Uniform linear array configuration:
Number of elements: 64
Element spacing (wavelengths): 0.5
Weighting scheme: kaiser
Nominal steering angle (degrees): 15
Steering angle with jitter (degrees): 13.097
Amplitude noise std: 0.05
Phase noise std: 0.05

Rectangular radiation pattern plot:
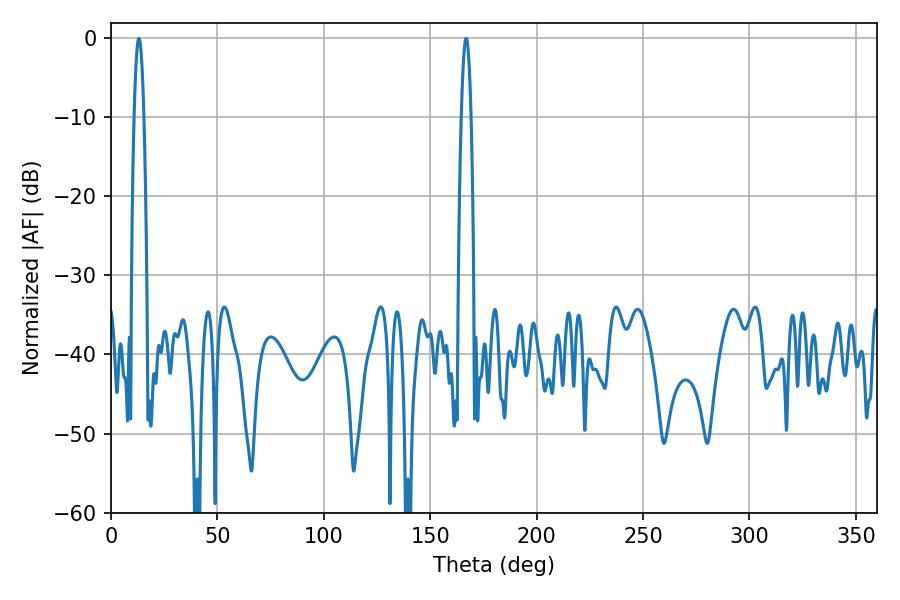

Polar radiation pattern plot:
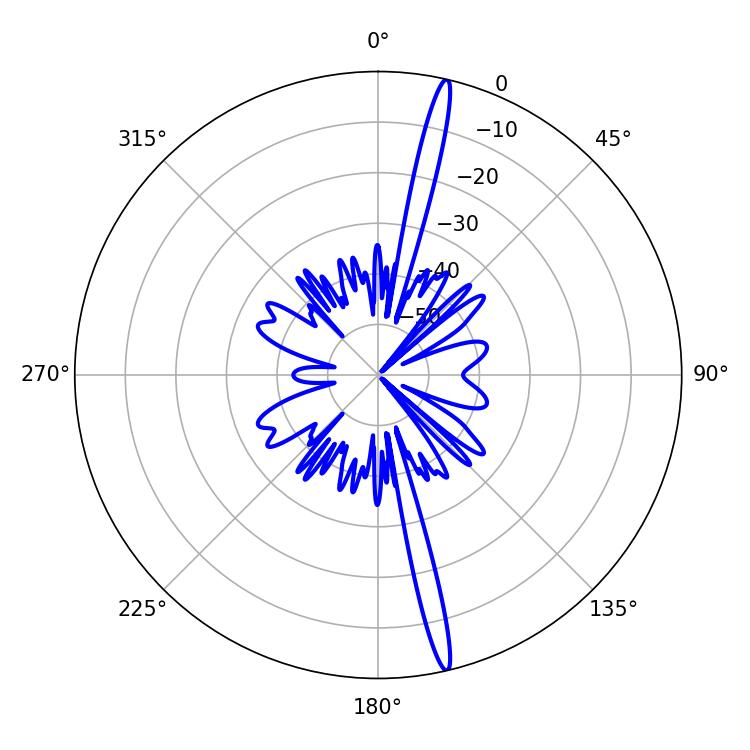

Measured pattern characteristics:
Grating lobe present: FALSE
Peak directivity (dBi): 19.635
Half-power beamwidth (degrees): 2.52
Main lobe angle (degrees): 13.14